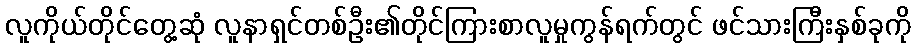
လူကိုယ်တိုင်တွေ့ဆုံ လူနာရှင်တစ်ဦး၏တိုင်ကြားစာလူမှုကွန်ရက်တွင် ဖင်သားကြီးနှစ်ခုကို